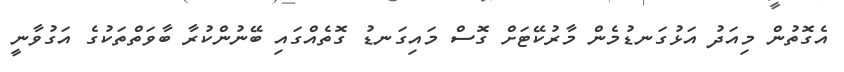
އެގޮތުން މިއަދު އަޅުގަނޑުމެން މާރުކޭޓަށް ގޮސް މައިގަނޑު ގޮތެއްގައި ބޭނުންކުރާ ބާވަތްތަކުގެ އަގުވާނީ